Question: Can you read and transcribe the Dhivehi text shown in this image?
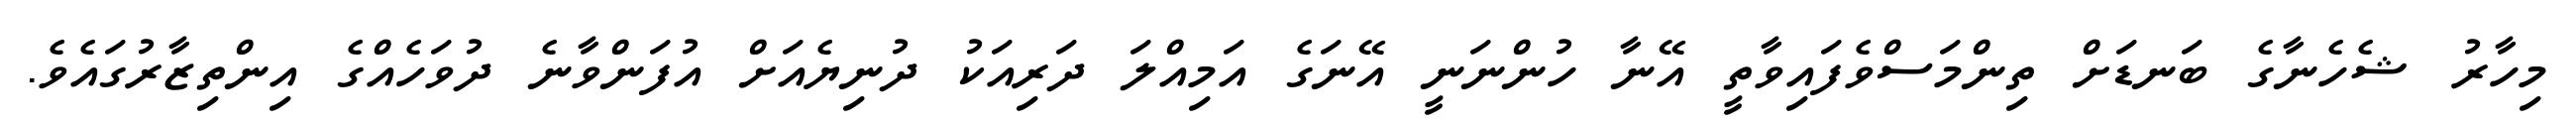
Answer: މިހާރު ޝެހެނާގެ ބަނޑަށް ތިންމަސްވެފައިވާތީ އޭނާ ހުންނަނީ އޭނަގެ އަމިއްލަ ދަރިއަކު ދުނިޔެއަށް އުފަންވާނެ ދުވަހެއްގެ އިންތިޒާރުގައެވެ.